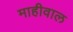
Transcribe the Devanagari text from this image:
माहीवाल